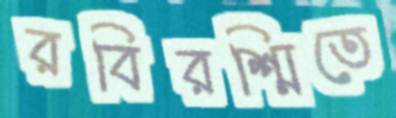
রবিরশ্মিতে